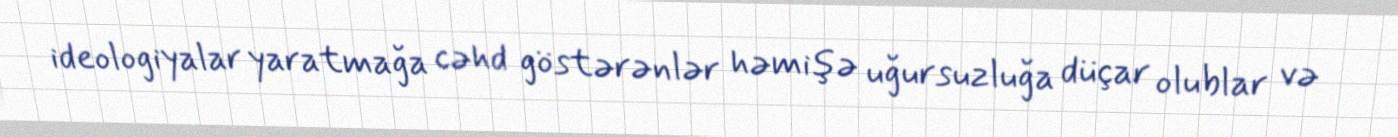
ideologiyalar yaratmağa cəhd göstərənlər həmişə uğursuzluğa düçar olublar və